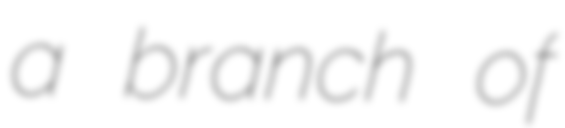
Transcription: a branch of